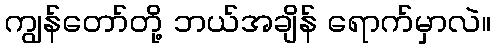
ကျွန်တော်တို့ ဘယ်အချိန် ရောက်မှာလဲ။